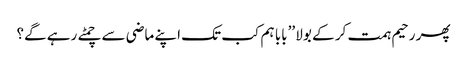
پھر رحیم ہمت کر کے بولا ’’بابا ہم کب تک اپنے ماضی سے چمٹے رہے گے؟